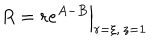
LaTeX: R = r e ^ { A - B } \Big | _ { r = \xi , \, z = 1 }